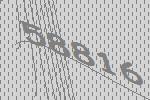
58816